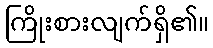
ကြိုးစားလျက်ရှိ၏။